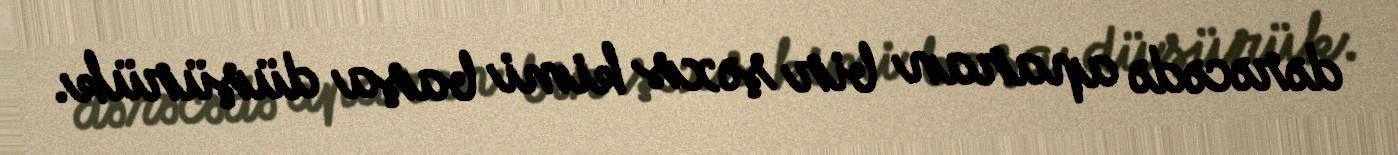
dərəcədə aparan bir şəxs kimi başa düşürük.